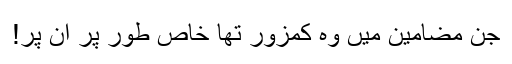
جن مضامین میں وہ کمزور تھا خاص طور پر ان پر!